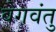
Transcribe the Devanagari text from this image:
वेगवंतु